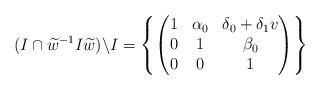
LaTeX: \begin{align*} (I \cap \widetilde{w}^{-1} I \widetilde{w}) \backslash I = \left\{ \begin{pmatrix} 1 & \alpha_0 & \delta_0 + \delta_1v \\ 0 & 1 & \beta_0 \\ 0 & 0 & 1 \end{pmatrix} \right\} \end{align*}